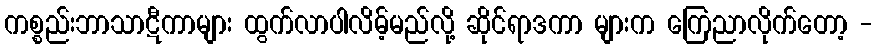
ကစ္စည်းဘာသာဋီကာများ ထွက်လာပါလိမ့်မည်လို့ ဆိုင်ရာဒကာ များက ကြေညာလိုက်တော့ -